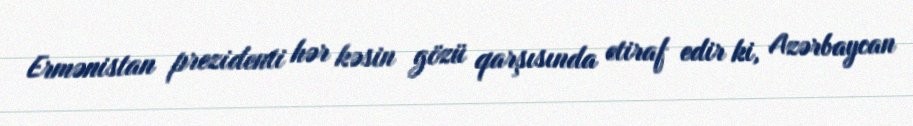
Ermənistan prezidenti hər kəsin gözü qarşısında etiraf edir ki, Azərbaycan